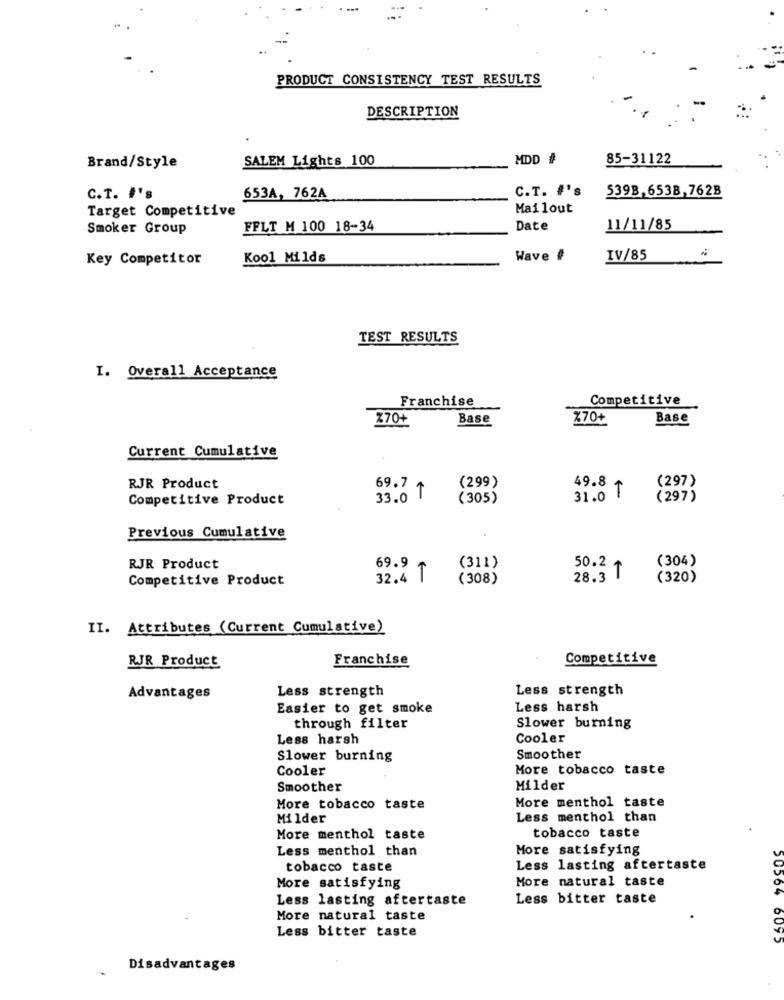
PRODUCT CONSISTENCY TEST RESULTS
DESCRIPTION
SALEM Lights 100
MDD #
85-31122
Brand/Style
C.T. #'s
5398,6538,762B
C.T. #'s
653A, 762A
Target Competitive
Mailout
Smoker Group
FFLT M 100 18-34
Date
11/11/85
Key Competitor
Kool Milds
Wave #
IV/85
TEST RESULTS
I. Overall Acceptance
Franchise
Competitive
Z70+
Base
%70+
Base
Current Cumulative
(299)
49.8
(297)
RJR Product
69.7
Competitive Product
33.0
(305)
31.0 1
(297)
Previous Cumulative
69.9
(304)
RJR Product
(311)
50.2 +
Competitive Product
32.4 T
(308)
28.3 T
(320)
II. Attributes (Current Cumulative)
RJR Product
Franchise
Competitive
Less strength
Less strength
Advantages
Easier to get smoke
Less harsh
through filter
Slower burning
Less harsh
Cooler
Slower burning
Smoother
Cooler
More tobacco taste
Smoother
Milder
More menthol taste
More tobacco taste
Milder
Less menthol than
More menthol taste
tobacco taste
Less menthol than
More satisfying
tobacco taste
Less lasting aftertaste
More natural taste
More satisfying
Less lasting aftertaste
Less bitter taste
More natural taste
Less bitter taste
50564 6095
Disadvantages